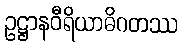
ဥဋ္ဌာနဝီရိယာဓိဂတဿ